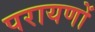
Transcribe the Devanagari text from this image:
परायणों